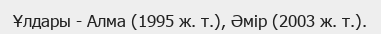
Ұлдары - Алмa (1995 ж. т.), Әмір (2003 ж. т.).